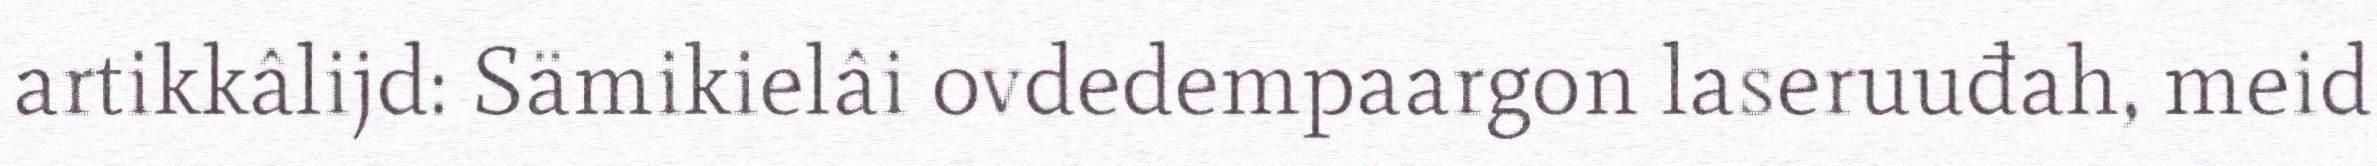
artikkâlijd: Sämikielâi ovdedempaargon laseruuđah, meid